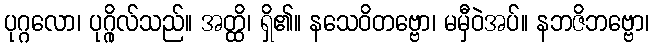
ပုဂ္ဂလော၊ ပုဂ္ဂိုလ်သည်။ အတ္ထိ၊ ရှိ၏။ နသေဝိတဗ္ဗော၊ မမှီဝဲအပ်။ နဘဇိဘဗ္ဗော၊